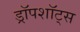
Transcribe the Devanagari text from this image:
ड्रॉपशॉट्स